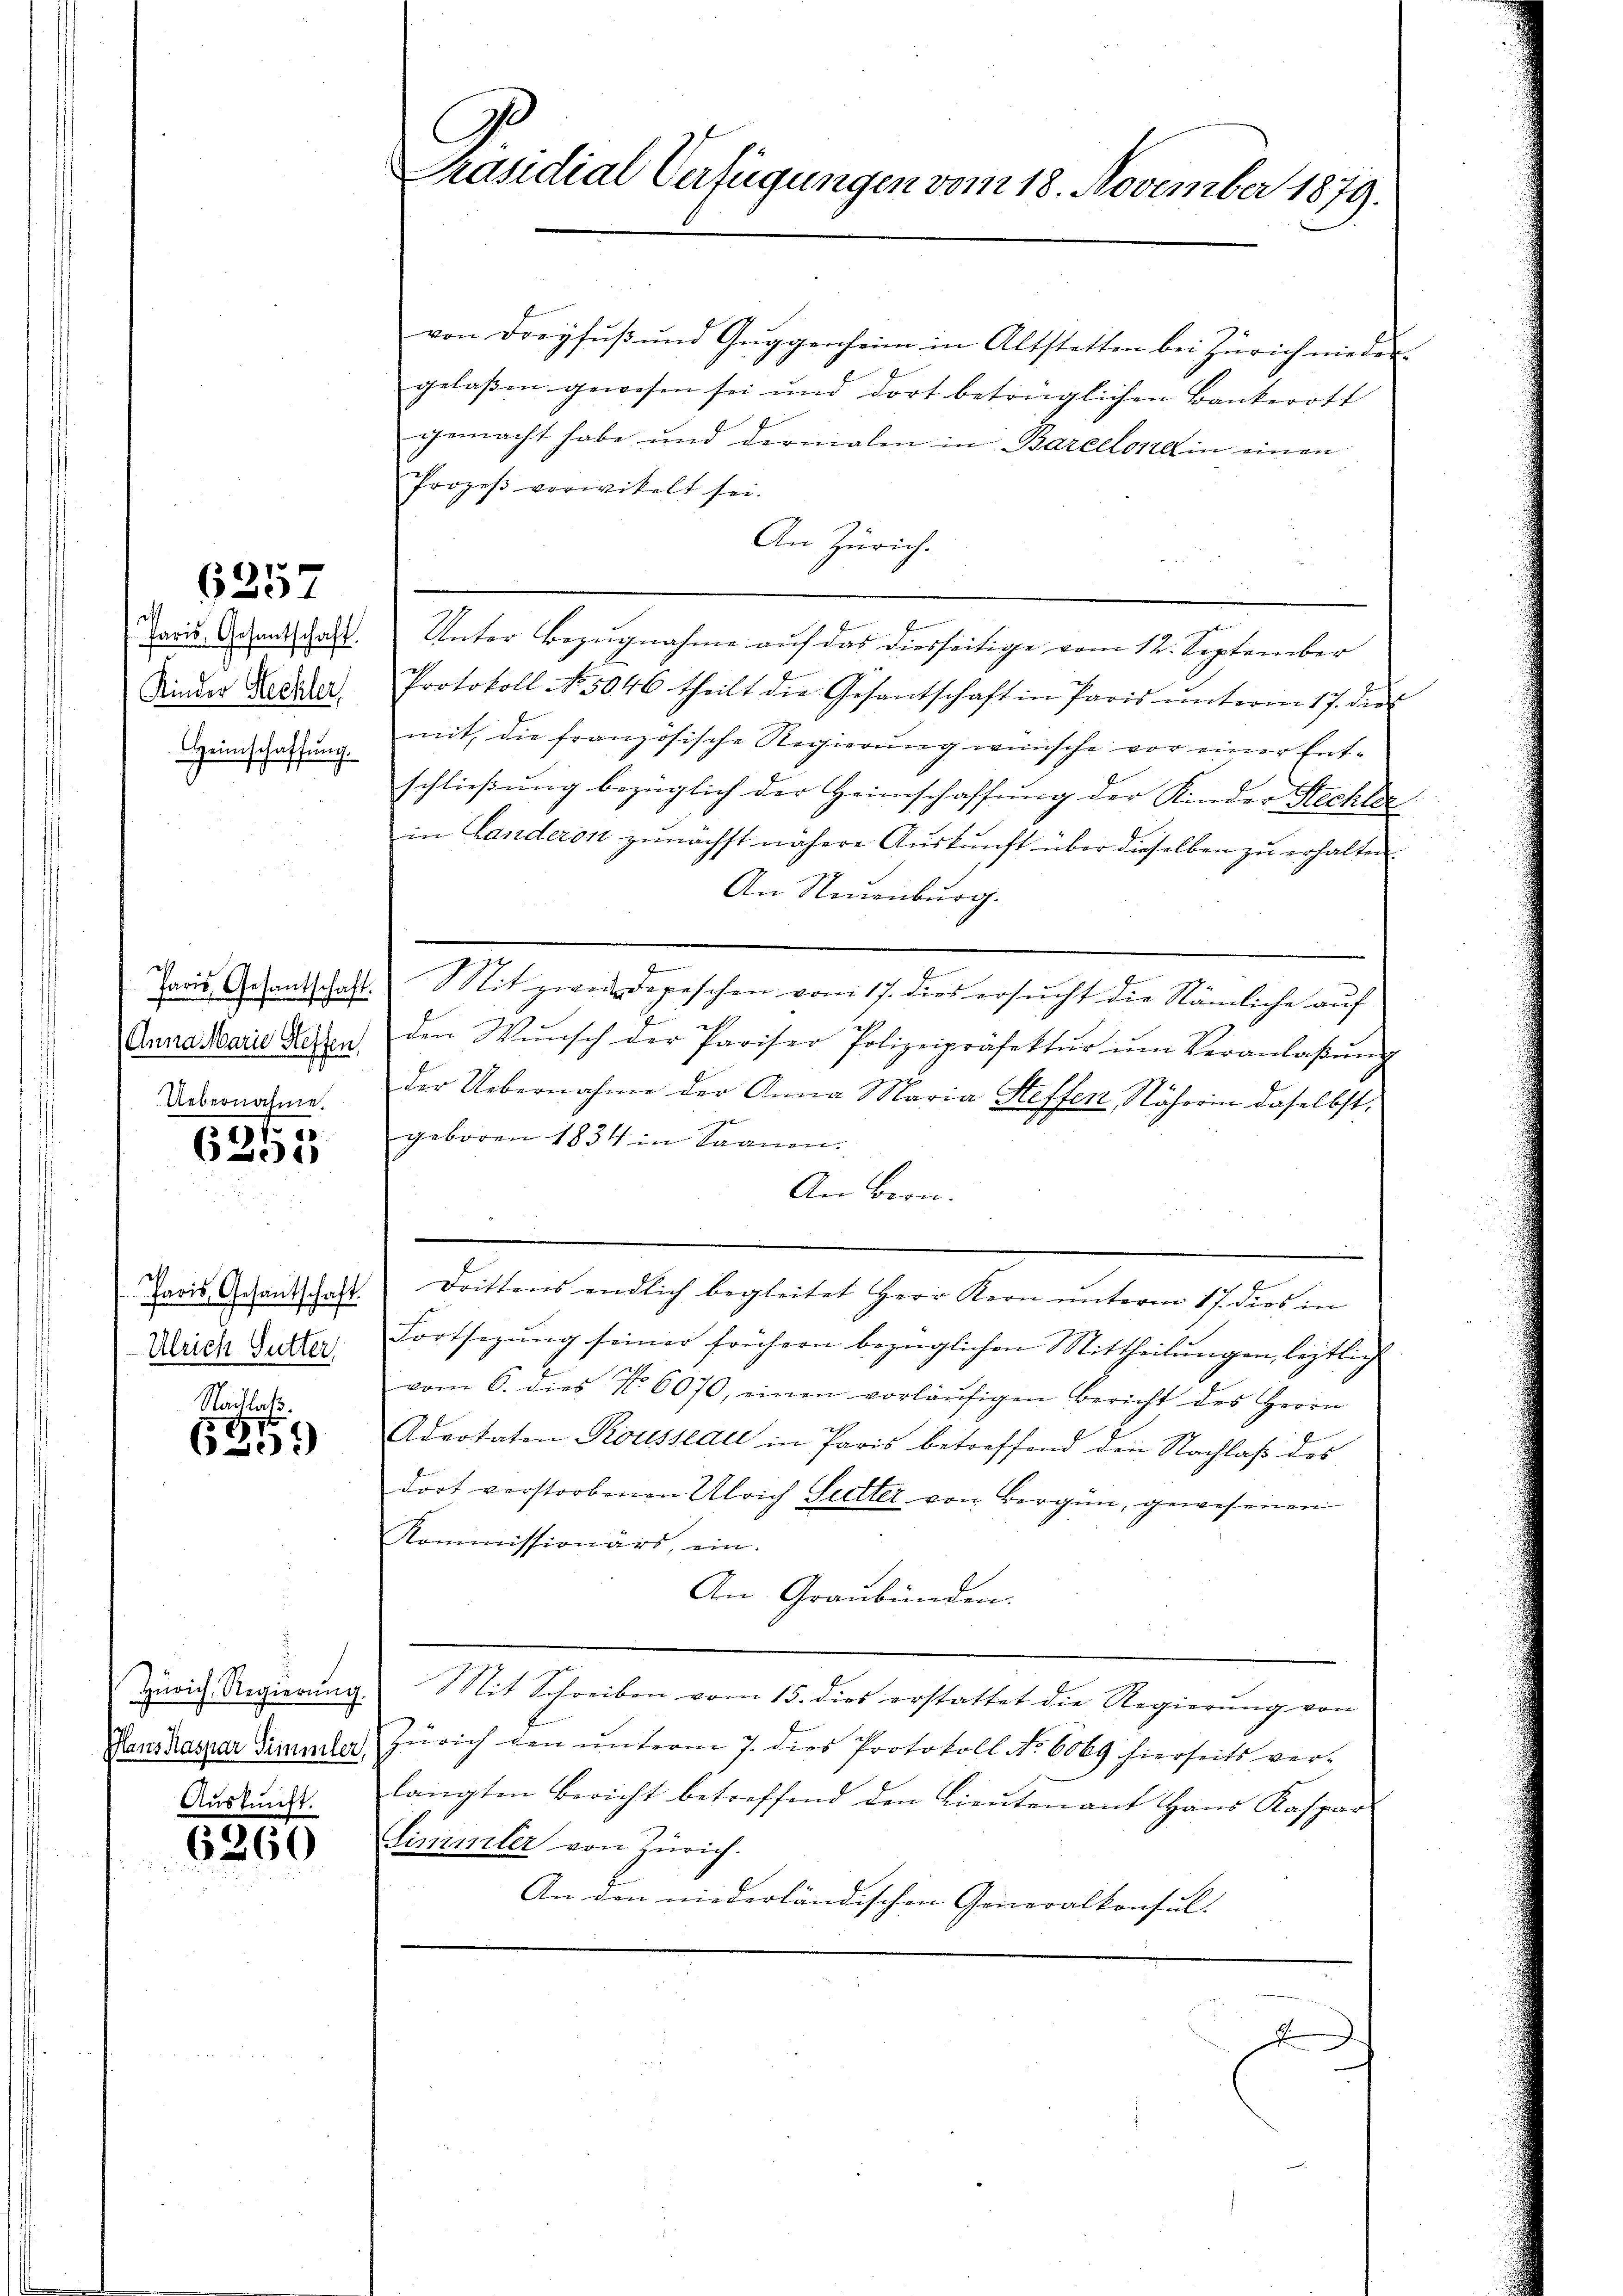
6257

d
faris, Gesantschaft.
Kinder Rechter
Heimschaffung.

Anna Marie Steffen
Uebernahme.

9f
301)

Paris, Gesantschaft
Ulrich Gutter

Nachlaß.
E
6259

Manz Kaspar Simmler,
ich

6260

C
Präsidial-Verfügungen vom 18. November 1879.

von Dreyfuß und Guggenheim in Altstetten bei Zürich nieder-
gelassen gewesen sei und dort betrüglichen Bankerott |
gemacht habe und dernialen in Barcelona in einen
Prozeβ verwikelt sei.
An Zürich.
Unter Bezugnahme auf das diesseitige vom 12. September
Protokoll No. 5046 theilt die Gesantschaft in Paris ŭnterm 17. dies
mit, die französische Regierŭng wünsche vor einer Ent-
schließung bezüglich der Heimschaffung der Kinder Stechler
in Landeron zŭnächst nähere Aŭskŭnft über dieselben zŭ erhalten.
An Neuenburg.
Paris, Gesandtschaft. Mit zwei Depeschen vom 17. dies ersŭcht die Nämliche auf
den Wŭnsch der Pariser Polizeipräfektŭr ŭm Veranlaβŭng
der Uebernahme der Anna Maria Steffen, Nähorin daselbst,
geboren 1834 in Saanen.
An Bern.
e
e
Drittens endlich begleitet Herr Kern unterm 17. dies in
Fortsegŭng seiner frühern bezüglichen Mittheilŭngen, leitlich
vom 6. dies No 6070, einen vorläŭfigen Bericht des Herrn
Advotaten Kousseau in Paris betreffend den Nachlaβ des
dort verstorbenen Übrich Sutter von Bergün, gewesenen
Kommissionärs, ein.
An Graubünden.
Zürich Regierŭng. Mit Schreiben vom 15. dies erstattet die Regierŭng von
Zürich den unterm 7. dies Protokoll No 6069 hierseits verlangten Bericht betreffend den Lieutenant Hans Kaspar
Simmler von Zürich.
An den niederländischen Generalkonsul-

x